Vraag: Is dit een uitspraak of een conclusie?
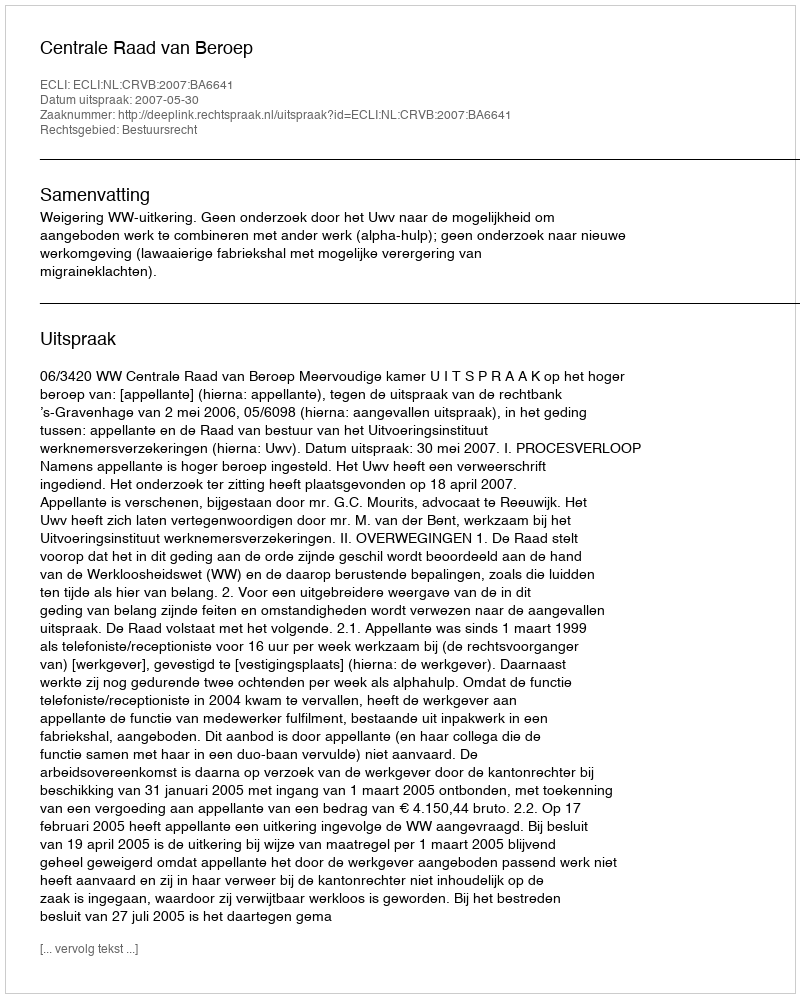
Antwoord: Uitspraak